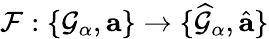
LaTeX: {\mathcal F}:\{ \mathcal{G}_{\alpha},\mathbf{a}\} \to\{ \widehat{\mathcal G}_{\alpha},\hat{\mathbf{a}}\}